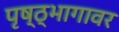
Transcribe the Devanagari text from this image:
पृष्ठ्भागावर